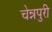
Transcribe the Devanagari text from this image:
चेन्नपुरी